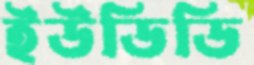
ইউডিডি